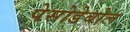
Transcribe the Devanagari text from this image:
पेसोडेबोल